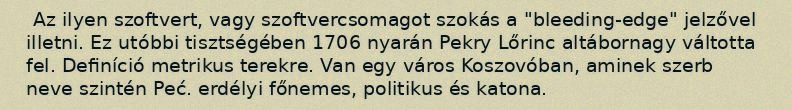
Az ilyen szoftvert, vagy szoftvercsomagot szokás a "bleeding-edge" jelzővel illetni. Ez utóbbi tisztségében 1706 nyarán Pekry Lőrinc altábornagy váltotta fel. Definíció metrikus terekre. Van egy város Koszovóban, aminek szerb neve szintén Peć. erdélyi főnemes, politikus és katona.